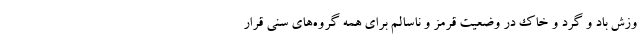
وزش باد و گرد و خاک در وضعیت قرمز و ناسالم برای همه گروه‌های سنی قرار